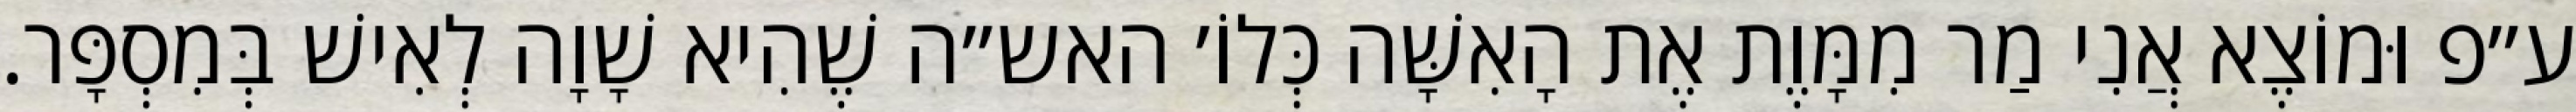
ע״פ וּמוֹצֶא אֲנִי מַר מִמָּוֶת אֶת הָאִשָּׁה כְּלוֹ׳ האש״ה שֶׁהִיא שָׁוָה לְאִישׁ בְּמִסְפָּר.